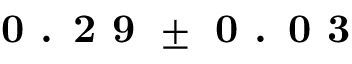
\textbf { 0 . 2 9 } \pm \textbf { 0 . 0 3 }